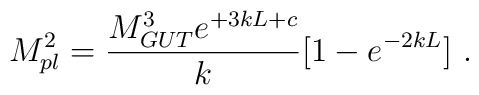
M_{pl}^2 =  {{M_{GUT}^3  e^{+3 k L + c}} \over\displaystyle k} [1- e^{-2 k L}] ~.~\,